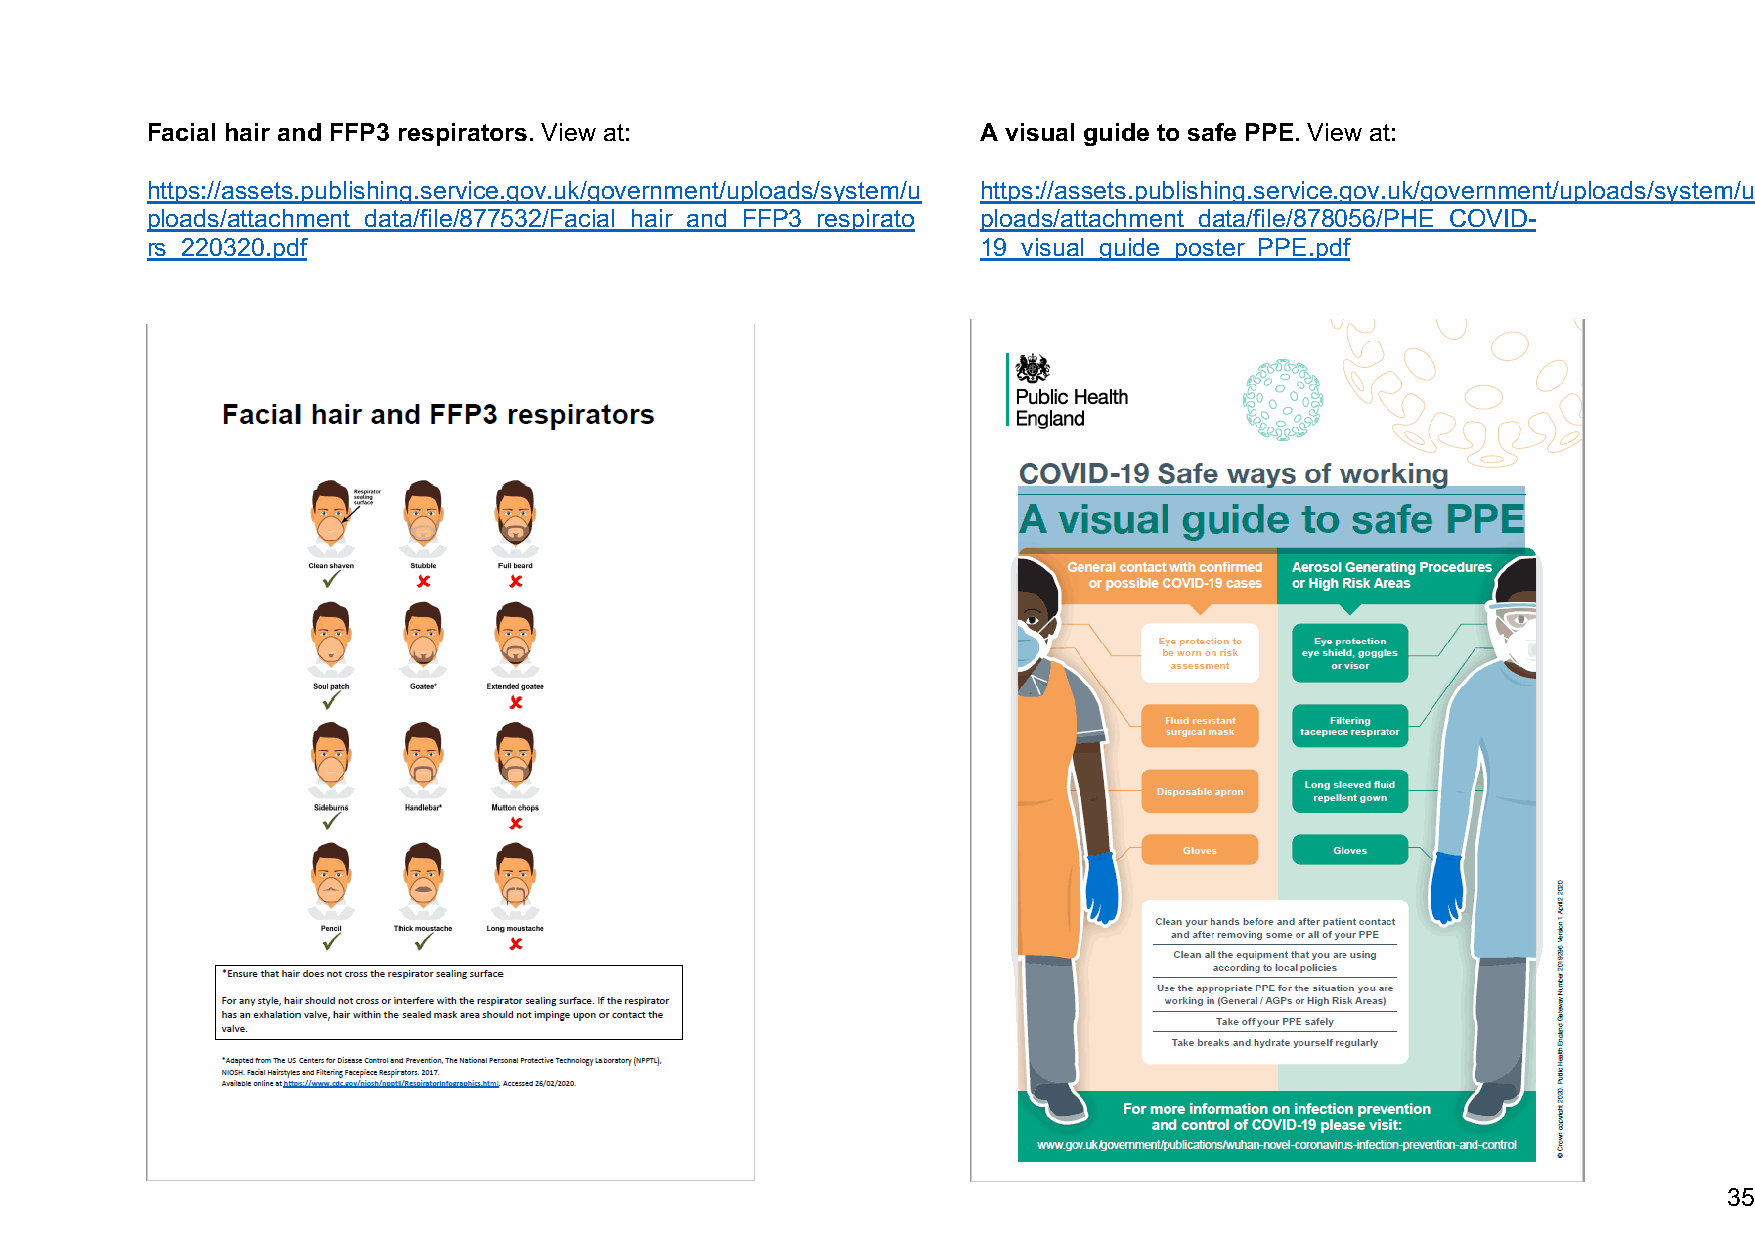
Facial hair and FFP3 respirators. View at:             A visual guide to safe PPE. View at:
 https://assets.publishing.service.gov.uk/government/uploads/system/u https://assets.publishing.service.gov.uk/government/uploads/system/u
 ploads/attachment_data/file/877532/Facial_hair_and_FFP3_respirato ploads/attachment_data/file/878056/PHE_COVID-
 rs_220320.pdf                                          19_visual_guide_poster_PPE.pdf
 35